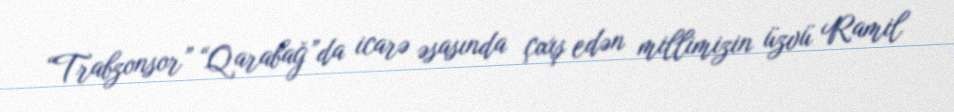
“Trabzonsor” “Qarabağ”da icarə əsasında çıxış edən millimizin üzvü Ramil